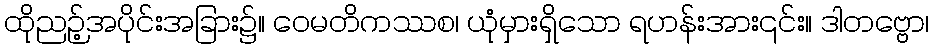
ထိုညဉ့်အပိုင်းအခြား၌။ ဝေမတိကဿစ၊ ယုံမှားရှိသော ရဟန်းအား၎င်း။ ဒါတဗ္ဗော၊